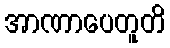
အာဏာပေတူတိ